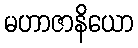
မဟာဇာနိယော